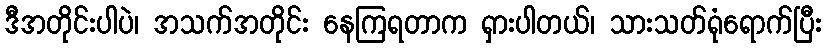
ဒီအတိုင်းပါပဲ၊ အသက်အတိုင်း နေကြရတာက ရှားပါတယ်၊ သားသတ်ရုံရောက်ပြီး